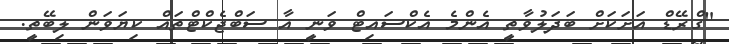
"ގްރޭޑް އަށަކަށް ބަދަލުވާތީ އެންމެ އެކްސައިޓް ވަނީ އާ ސަބްޖެކްޓްތައް ކިޔަވަން ލިބޭތީ.